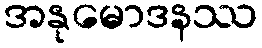
အနုမောဒနဿ